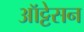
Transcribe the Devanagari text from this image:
ऑट्टेसन